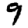
Digit: 9